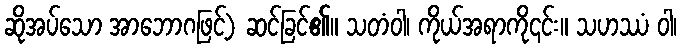
ဆိုအပ်သော အာဘောဂဖြင့်) ဆင်ခြင်၏။ သတံဝါ၊ ကိုယ်အရာကို၎င်း။ သဟဿံ ဝါ၊